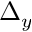
\Delta _ { y }